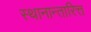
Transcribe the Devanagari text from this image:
स्थानान्तारित्त